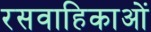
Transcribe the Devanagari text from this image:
रसवाहिकाओं